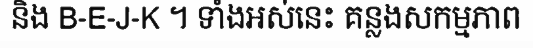
និង B-E-J-K ។ ទាំងអស់នេះ គន្លងសកម្មភាព